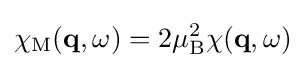
\chi _{\mathrm {M} }(\mathbf {q} ,\omega )=2\mu _{\mathrm {B} }^{2}\chi (\mathbf {q} ,\omega )